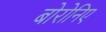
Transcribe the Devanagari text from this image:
बोरोनिए